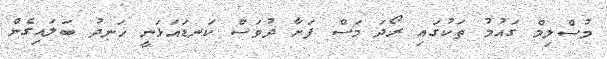
މުސްލިމް ގައުމު ތަކުގައި ރޯދަ މަސް ފަށާ ދުވަސް ކަނޑައަޅަނީ ހަނދު ބަލައިގެން